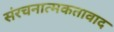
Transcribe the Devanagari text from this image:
संरचनात्मकतावाद